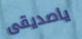
ياصديقى